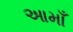
આમાઁ